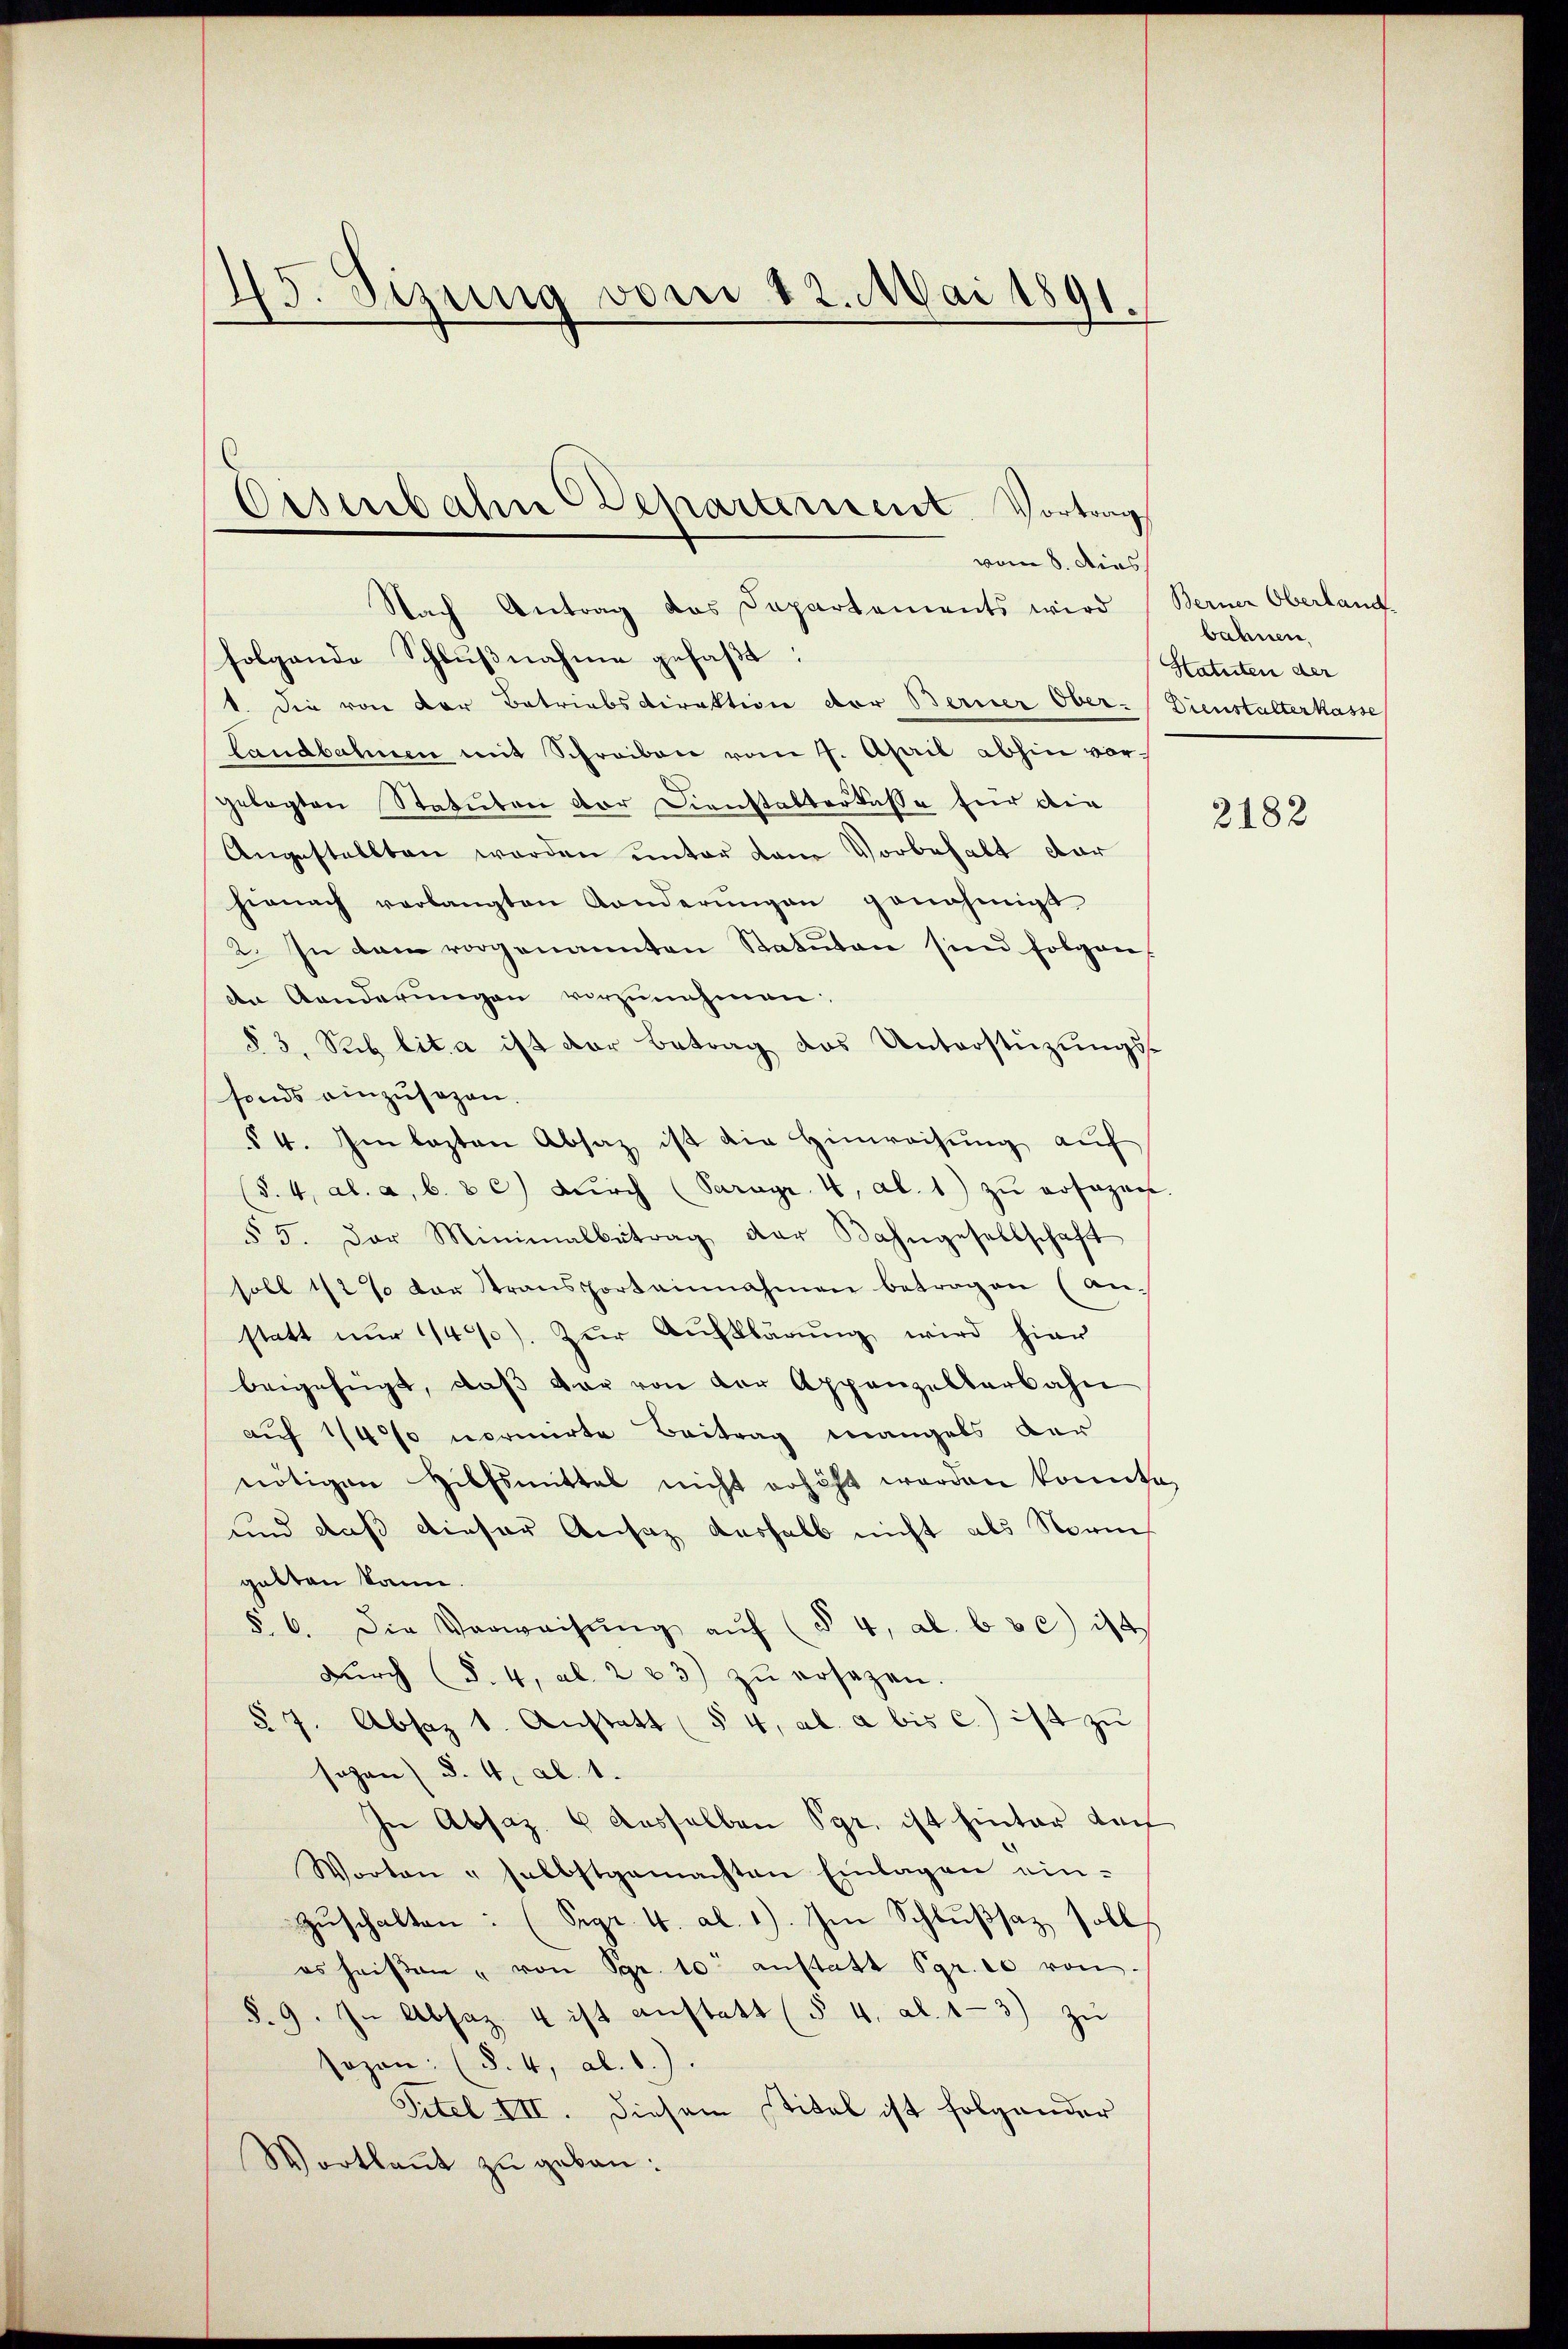
45. Sizung vom 12. Mai 1891.

Nach Antrag das Departements wird Berner Oberland
folgende Schlußnahme gefaßt:
1. Die von der Betriebsdirektion der Berner Ober-Dienstalterkasse
Landbahnen mit Schreiben vom 4. April abhin vorgelegten Statuten der Dienstalterlasse für die
Angestellten werden unter dem Vorbehalt dar
hienach verlangten Anderŭngen genehmigt
2. In dem vorgenannten Statuten sind folgen,
n Aenderungen vorzunehmen:
§ 3. Sub lit. a ist der Betrag das Unterstüzungsfonds einzusagen.
54. Im lezten Absaz ist die Hinweisung auf
§. 4. a. a. b. & c dŭrch (Paragr. 4, Al. 1) zŭ rosagen.
§ 5. Der Minimalbetrag der Bahngesellschaft
soll 1/2 % der Stransportainnahmen betragen (anstatt nur 142). Zur Aufklärung wird hier
beigefügt, daβ der von der Appenzelberbahn
auf 1/4% normirte Beitrag mangels der
nötigen Hilfsmittel nicht erhöht worden konnte,
und daß dieser Ansaz deshalb nicht als Norm
gabten kann
§. 6. Die Verweisŭng aŭf (§ 4, Al. 630) ist
dŭrch (S. 4, Al. 223) zŭ ersezen.
§ 7. Absaz 1. Anstatt (§ 4, ab. a bis c.) ist zu
sogen §. 4. Al. 1.
In Absaz. 6 dasselben Sgr. ist hinter doch
Worten - selbstgemachten Einlagen ein-
zŭschalten: (Sepr. 4. Al. 1). Im Schlußsaz soll
es heißen, von Sgr. 10 anstatt Sgr. ce von
§. 9. In Absaz 4 ist anstatt (§ 4. al. 13) zŭ
sozon: (§. 4, Al. 1.).
Titel III. Diesem Stitel ist folgender
Wortkaṅt zŭ geben:

Er
Disenbahn Departement. Vortrag
vom 8. dies

bahnen.
Statuten der

2182